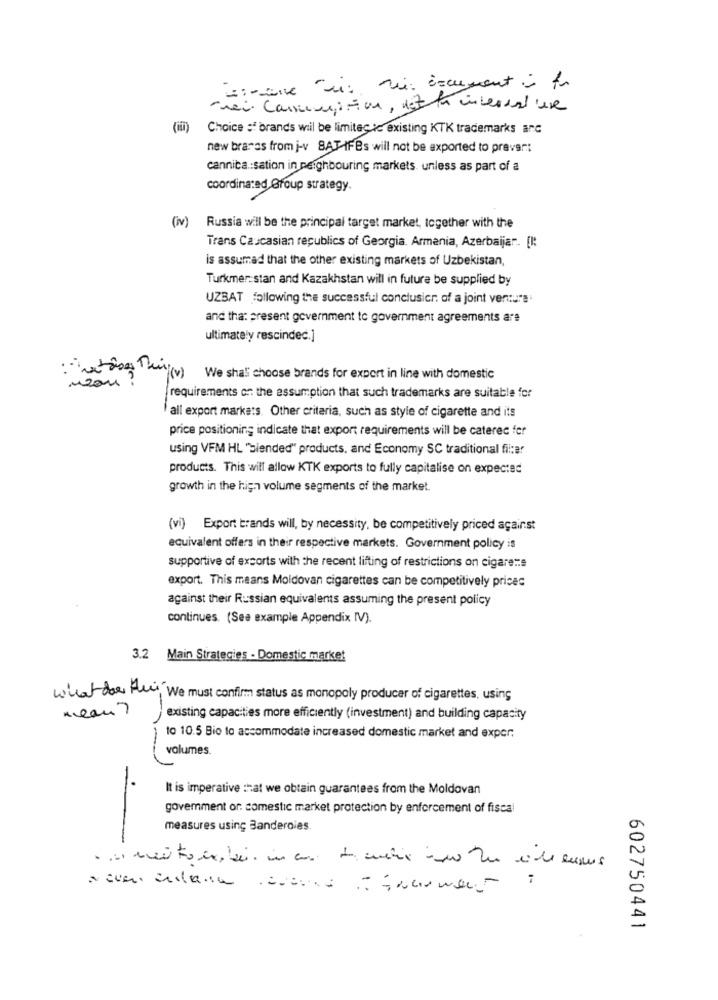
--- one ui ui: document is for
nei Conscampition, det ta internalune
Choice of brands wil be limitegic existing KTK trademarks anc
new braras from j-v BAT IFBs will not be exported to prever:
cannica .: sation in neighbouring markets. unless as part of a
coordinated Group strategy.
(iv)
Russia will be the principal target market, together with the
Trans Caucasian republics of Georgia. Armenia, Azerbaijan .. [I:
is assumed that the other existing markets of Uzbekistan,
Turkmer: stan and Kazakhstan will in future be supplied by
UZBAT following the successful conclusicr of a joint venture.
and tha: present government to government agreements are
ultimately rescindec.]
:- wetabes Thi(v) We shall choose brands for export in line with domestic
non ?
requirements on the assumption that such trademarks are suitable for
all export markets. Other criteria, such as style of cigarette and its
price positioning indicate that export requirements will be caterec for
using VFM HL "blended" products, and Economy SC traditional fil:ar
products. This will allow KTK exports to fully capitalise on expected
growth in the high volume segments of the market.
(vi) Export brands will, by necessity, be competitively priced against
equivalent offers in their respective markets. Government policy is
supportive of exports with the recent lifting of restrictions on cigare :: s
export. This means Moldovan cigarettes can be competitively prices
against their Russian equivalents assuming the present policy
continues. (See example Appendix IV).
3.2 Main Strategies - Domestic market
what does Alui, We must confirm status as monopoly producer of cigarettes, using
mean?
existing capacities more efficiently (investment) and building capacity
to 10.5 Bio to accommodate increased domestic market and exper;
volumes.
It is imperative that we obtain guarantees from the Moldovan
goverment or. comestic market protection by enforcement of fiscal
measures using Banderoles.
-
602750441